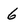
Character: 6